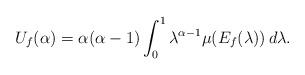
LaTeX: \begin{align*} U_f(\alpha)=\alpha(\alpha-1) \int_0^{1} \lambda^{\alpha-1} \mu(E_f (\lambda) )\,d\lambda. \end{align*}